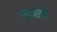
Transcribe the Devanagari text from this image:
कच्छपों